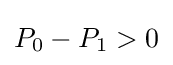
P_{0}-P_{1}>0